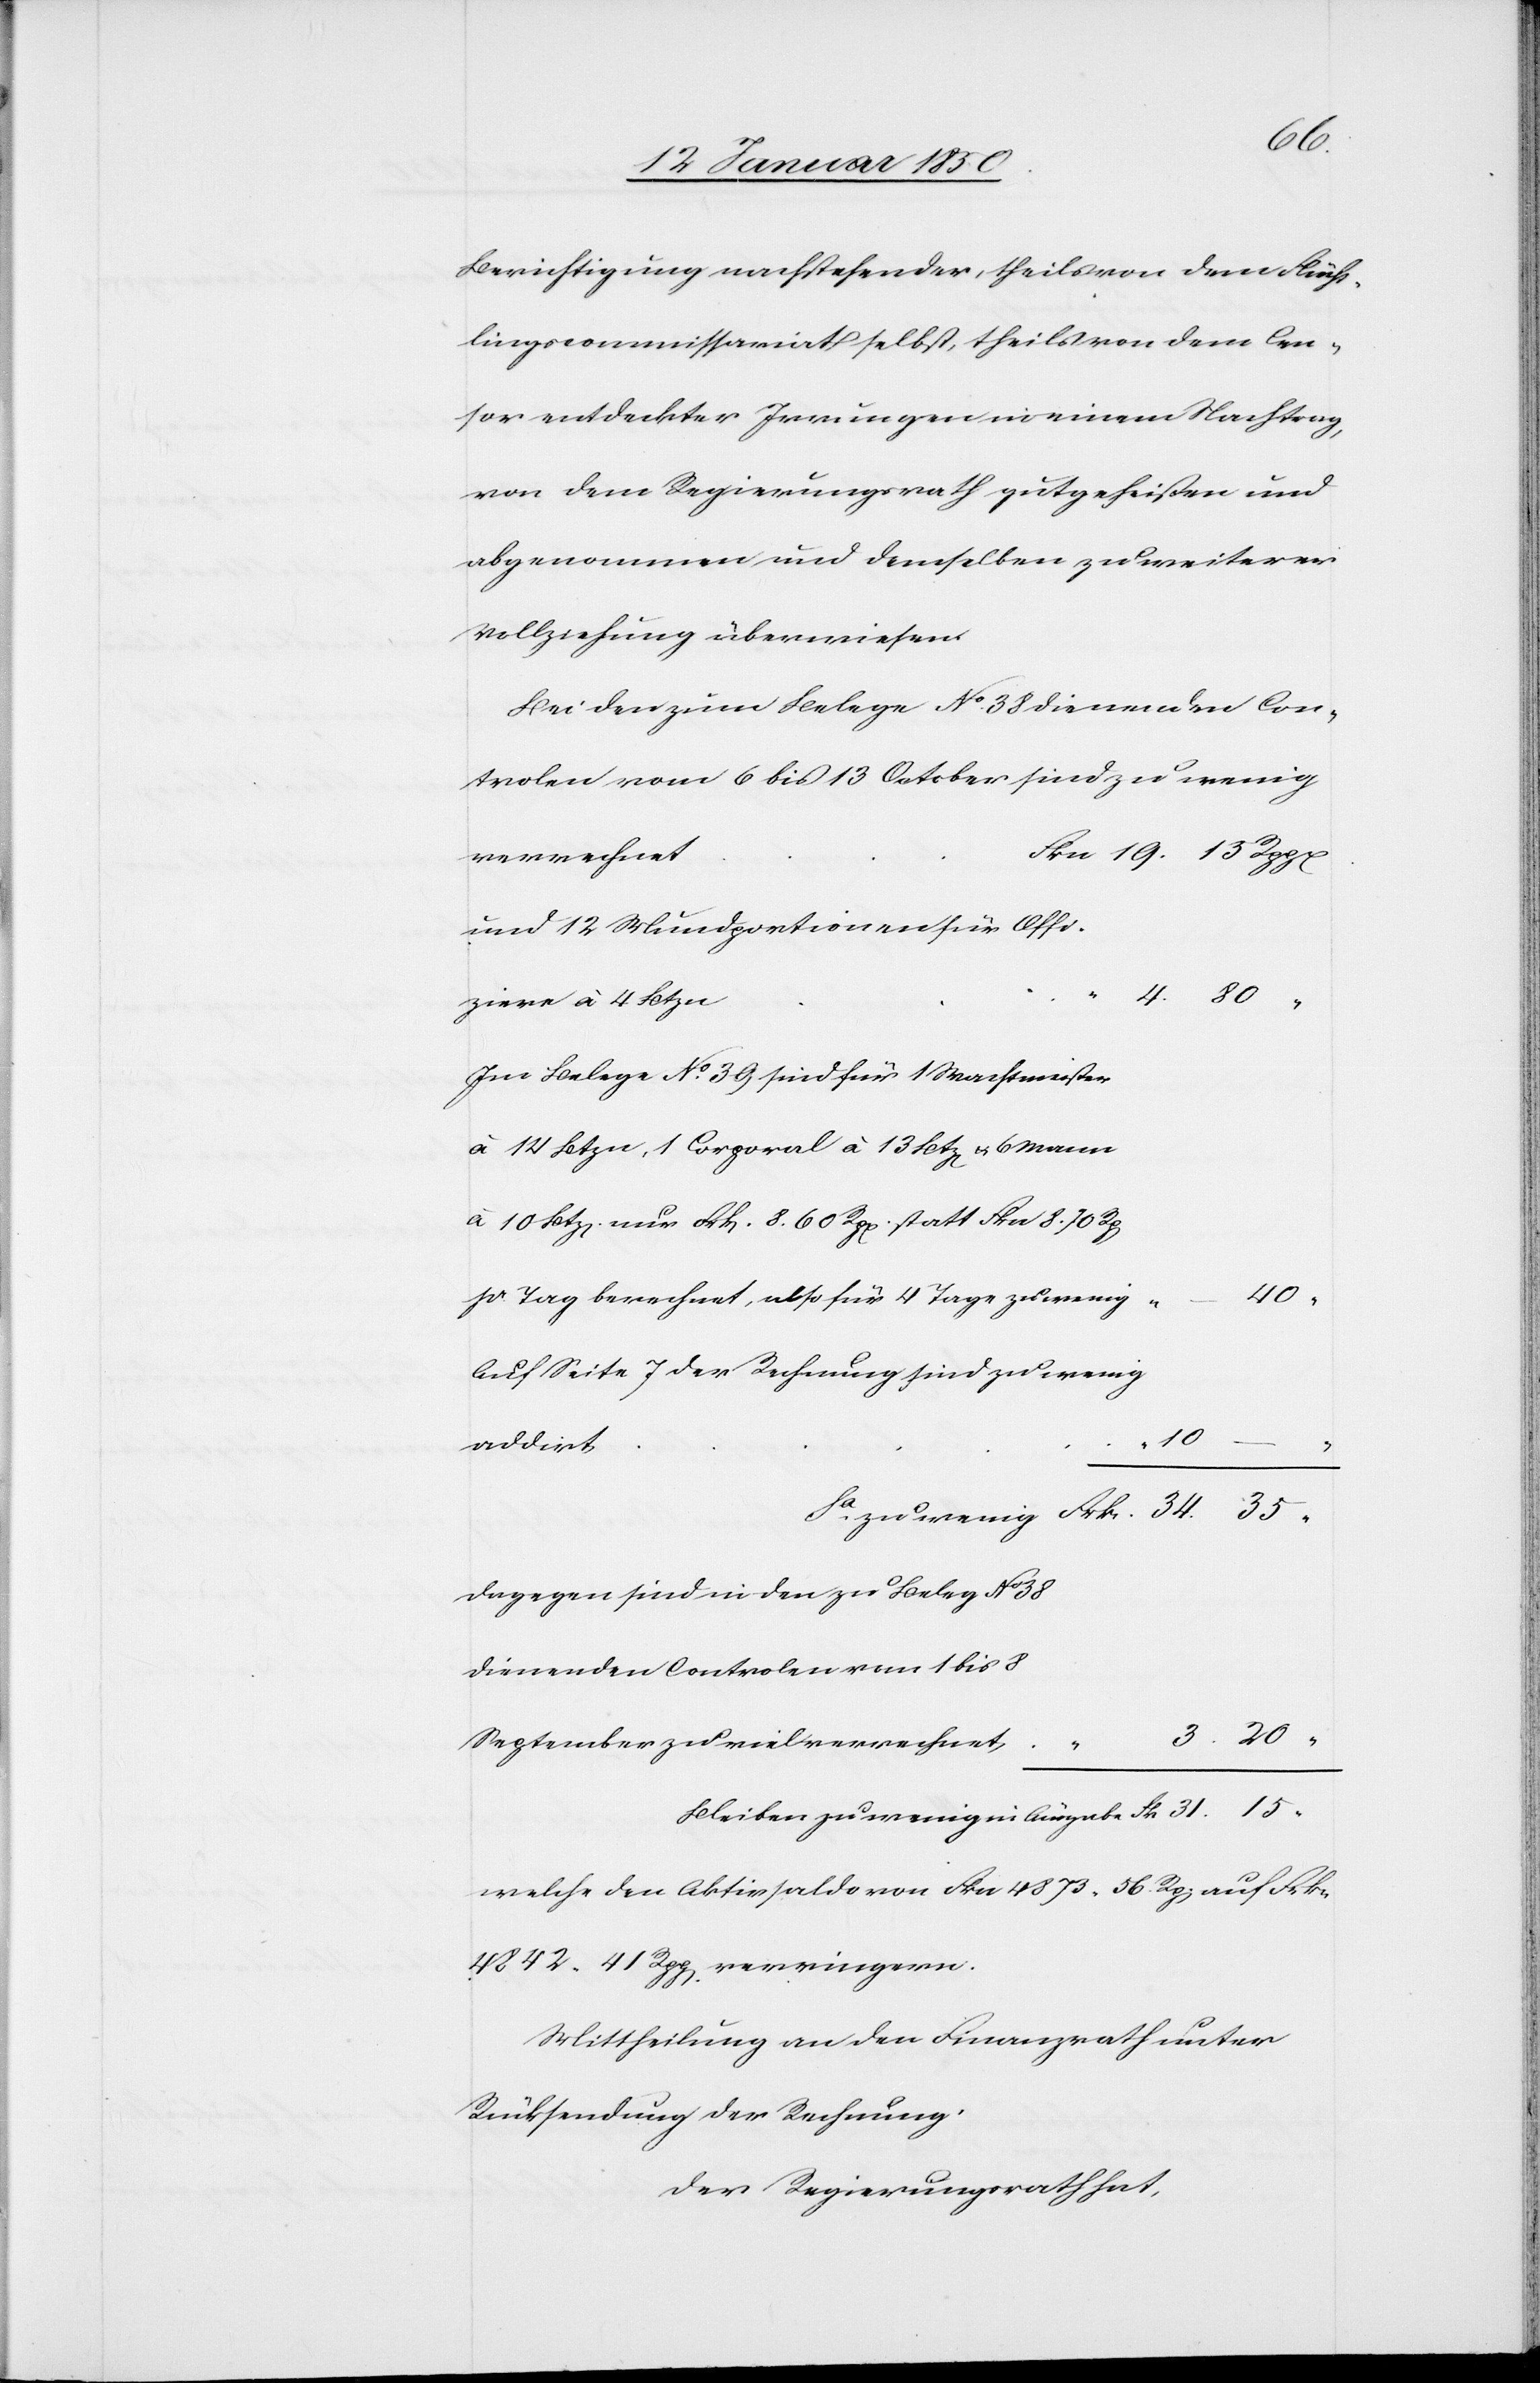
15.
Berichtigung nachstehender, theils von dem Flücht¬
lingscommissariat selbst, theils von dem Cen¬
sor entdeckter Irrungen in einem Nachtrag,
von dem Regierungsrath gutgeheißen und
abgenommen und demselben zu weiterer
Vollziehung überwiesen.
Bei den zum Belege No 38 dienenden Con¬
trolen vom 6 bis 13 October sind zu wenig
verrechnet
und 12 Wundportionen für Offi¬
ziere à 4 Btzn
Im Belege No. 29 sind für 1 Wachtmeister
à 12 Btzn, 1 Corporal à 13 Bt[zen] u. 6 Mann
à 10 Btz[en] nur Frk 8. 60 Rp[en] statt Fkn 8. 70 Rp[en]
pr Tag berechnet, also für 4 Tage zu wenig
Auf Seite 7 der Rechnung sind zu wenig
20.
addirt
31.
dagegen sind in den zu Beleg No 38
dienenden Controlen vom 1 bis 8
September zu viel verrechnet
welche den Aktivsaldo von Fkn 48 73 56 Rp[en] auf Frkn
48 42. 41 Rpp[en] verringern.
Mittheilung an den Finanzrath unter
Rücksendung der Rechnung.
Der Regierungsrath hat